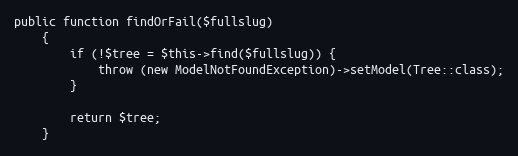
Language: PHP
public function findOrFail($fullslug)
    {
        if (!$tree = $this->find($fullslug)) {
            throw (new ModelNotFoundException)->setModel(Tree::class);
        }

        return $tree;
    }